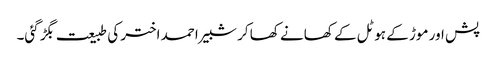
پش اور موڑ کے ہوٹل کے کھانے کھا کر شبیر احمد اختر کی طبیعت بگڑ گئی۔